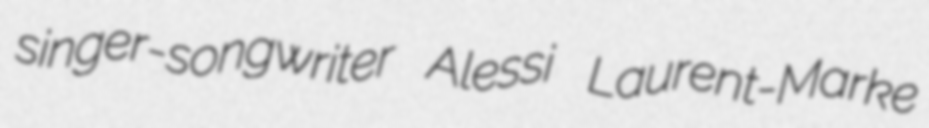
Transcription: singer-songwriter Alessi Laurent-Marke